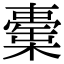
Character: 㯱